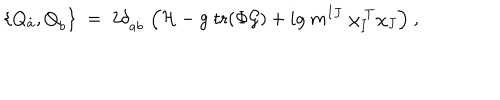
LaTeX: \{ Q _ { \dot { a } } , Q _ { \dot { b } } \} \; = \; 2 \delta _ { { \dot { a } } { \dot { b } } } \; \Bigl ( { \cal H } - { g } \; \mathrm { t r } ( \Phi { \cal G } ) + i g \; m ^ { I J } \; \chi _ { I } ^ { \ T } \chi _ { J } \Bigr ) \ ,